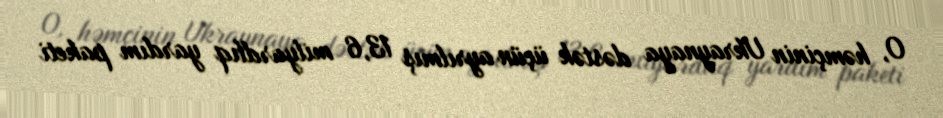
O, həmçinin Ukraynaya dəstək üçün ayrılmış 13,6 milyardlıq yardım paketi